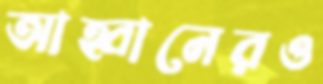
আহ্বানেরও